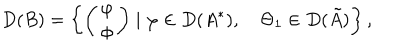
D ( B ) = \left\{ \left( \begin{array} { c } { { \varphi } } \\ { { \Phi } } \\ \end{array} \right) \mid \varphi \in D ( A ^ { * } ) , \quad \Theta _ { 1 } \in D ( \tilde { A } ) \right\} ,